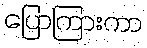
ပြောကြားကာ